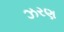
ઝરણ